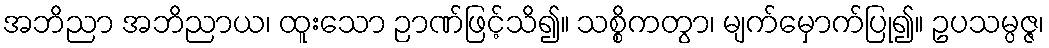
အဘိညာ အဘိညာယ၊ ထူးသော ဉာဏ်ဖြင့်သိ၍။ သစ္စိကတွာ၊ မျက်မှောက်ပြု၍။ ဥပသမ္ပဇ္ဇ၊